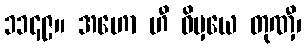
၁၁၄၉။ အဟော ဟီ ဝိမှယေ တုဏှီ၊